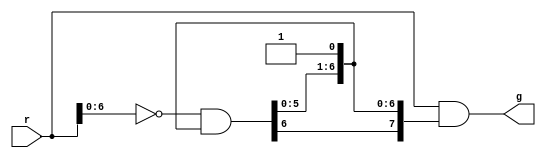
// arbiter which gives the LSB the highest priority. 
module arbiter #(parameter n=8) (
	input wire [n-1:0] r,
	output wire [n-1:0] g
);

	wire [n-1:0] c = {(~r[n-2:0] & c[n-2:0]), 1'b1};
	assign g = r & c;
endmodule